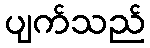
ပျက်သည်